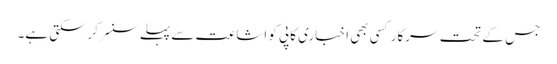
جس کے تحت سرکار کسی بھی اخباری کاپی کو اشاعت سے پہلے سنسر کرسکتی ہے۔